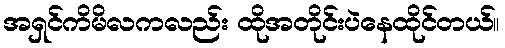
အရှင်ကိမိလကလည်း ထိုအတိုင်းပဲနေထိုင်တယ်။